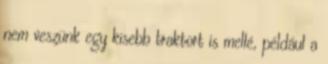
nem veszünk egy kisebb traktort is mellé, például a